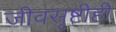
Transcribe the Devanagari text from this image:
जीवसृष्टीही